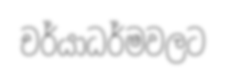
චර්යාධර්මවලට